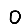
Digit: 0